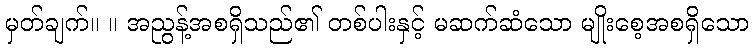
မှတ်ချက်။ ။ အညွန့်အစရှိသည်၏ တစ်ပါးနှင့် မဆက်ဆံသော မျိုးစေ့အစရှိသော